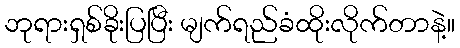
ဘုရားရှစ်ခိုးပြပြီး မျက်ရည်ခံထိုးလိုက်တာနဲ့။